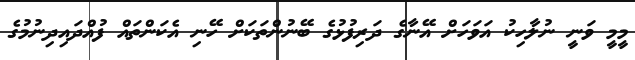
މީމީ ވަނީ ނުލާހިކު އަވަހަށް އޭނާގެ ދަރިފުޅުގެ ބޭނުންތަކަށް ހޭނި އެކަންތައް ފުއްދައިދިނުމުގެ